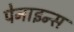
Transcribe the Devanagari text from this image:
पेनाइन्स